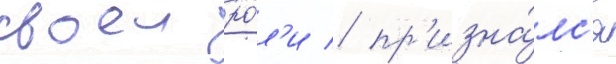
своеи ро́л'и / пр'изна́лс'я